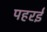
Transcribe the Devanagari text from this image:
पहरई